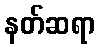
နတ်ဆရာ